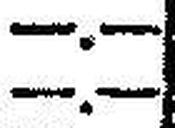
—.—